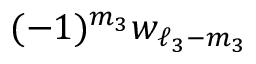
( - 1 ) ^ { m _ { 3 } } w _ { \ell _ { 3 } - m _ { 3 } }